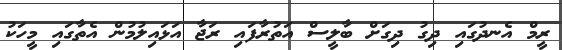
ރީމް އެނދުގައި ދިގު ދިގަށް ބާލީސް އަތުރާފައި ރަޖާ އަޅައިލުމުން އެތާގައި މީހަކު